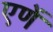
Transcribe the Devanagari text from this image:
एणें